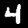
Digit: 4